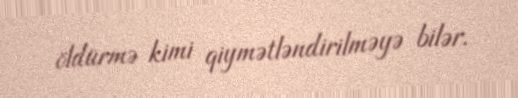
öldürmə kimi qiymətləndirilməyə bilər.